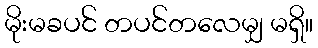
မိုးမခပင် တပင်တလေမျှ မရှိ။